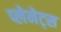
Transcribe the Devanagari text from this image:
प्लेनेट्स